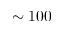
\sim 1 0 0